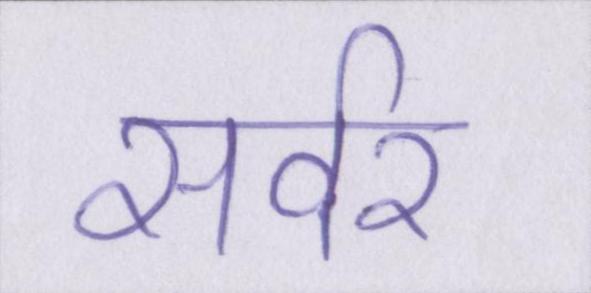
सर्वर